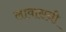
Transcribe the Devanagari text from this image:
लावासनी